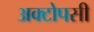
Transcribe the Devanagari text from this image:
अक्टोपसी